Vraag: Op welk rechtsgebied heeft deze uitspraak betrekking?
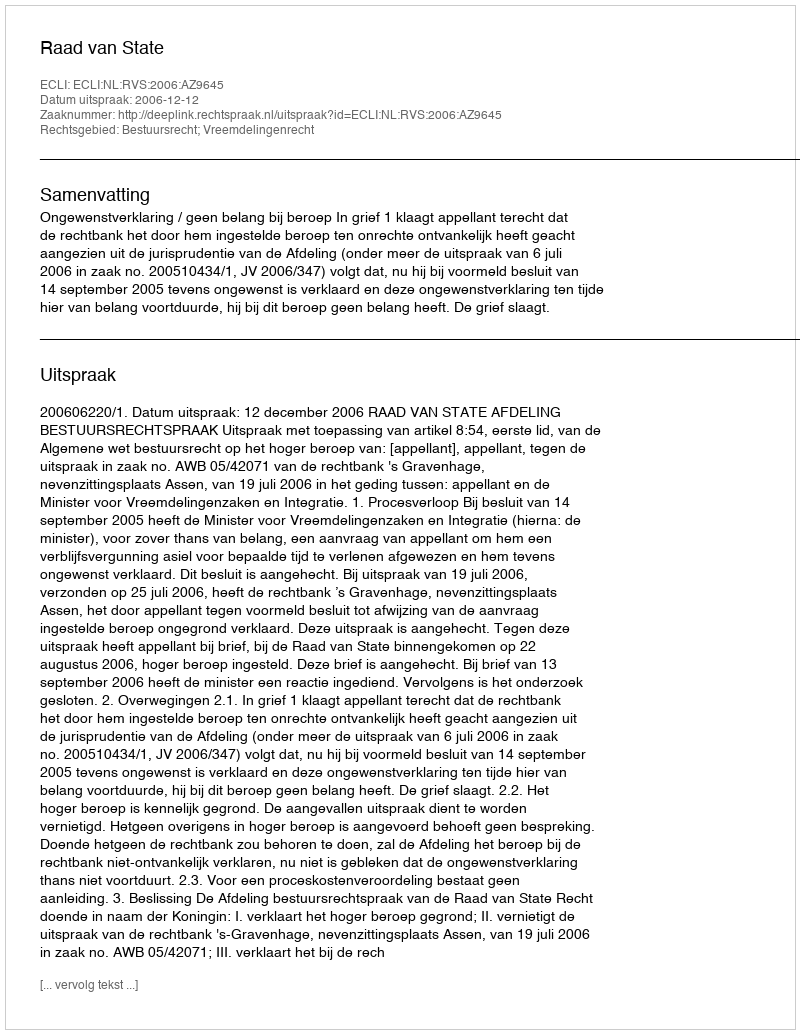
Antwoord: Bestuursrecht; Vreemdelingenrecht